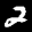
Label: 2